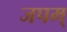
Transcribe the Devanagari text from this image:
जपम्